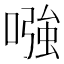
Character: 𠼢